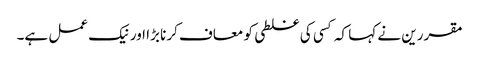
مقررین نے کہا کہ کسی کی غلطی کو معاف کرنا بڑا اور نیک عمل ہے۔